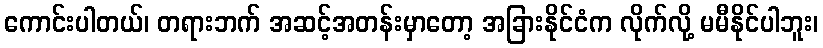
ကောင်းပါတယ်၊ တရားဘက် အဆင့်အတန်းမှာတော့ အခြားနိုင်ငံက လိုက်လို့ မမီနိုင်ပါဘူး၊